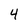
Character: 4